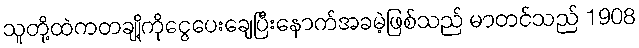
သူတို့ထဲကတချို့ကိုငွေပေးချေပြီးနောက်အခမဲ့ဖြစ်သည် မာတင်သည် 1908